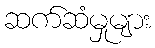
ဆက်ဆံမှုများ